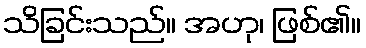
သိခြင်းသည်။ အဟု၊ ဖြစ်၏။